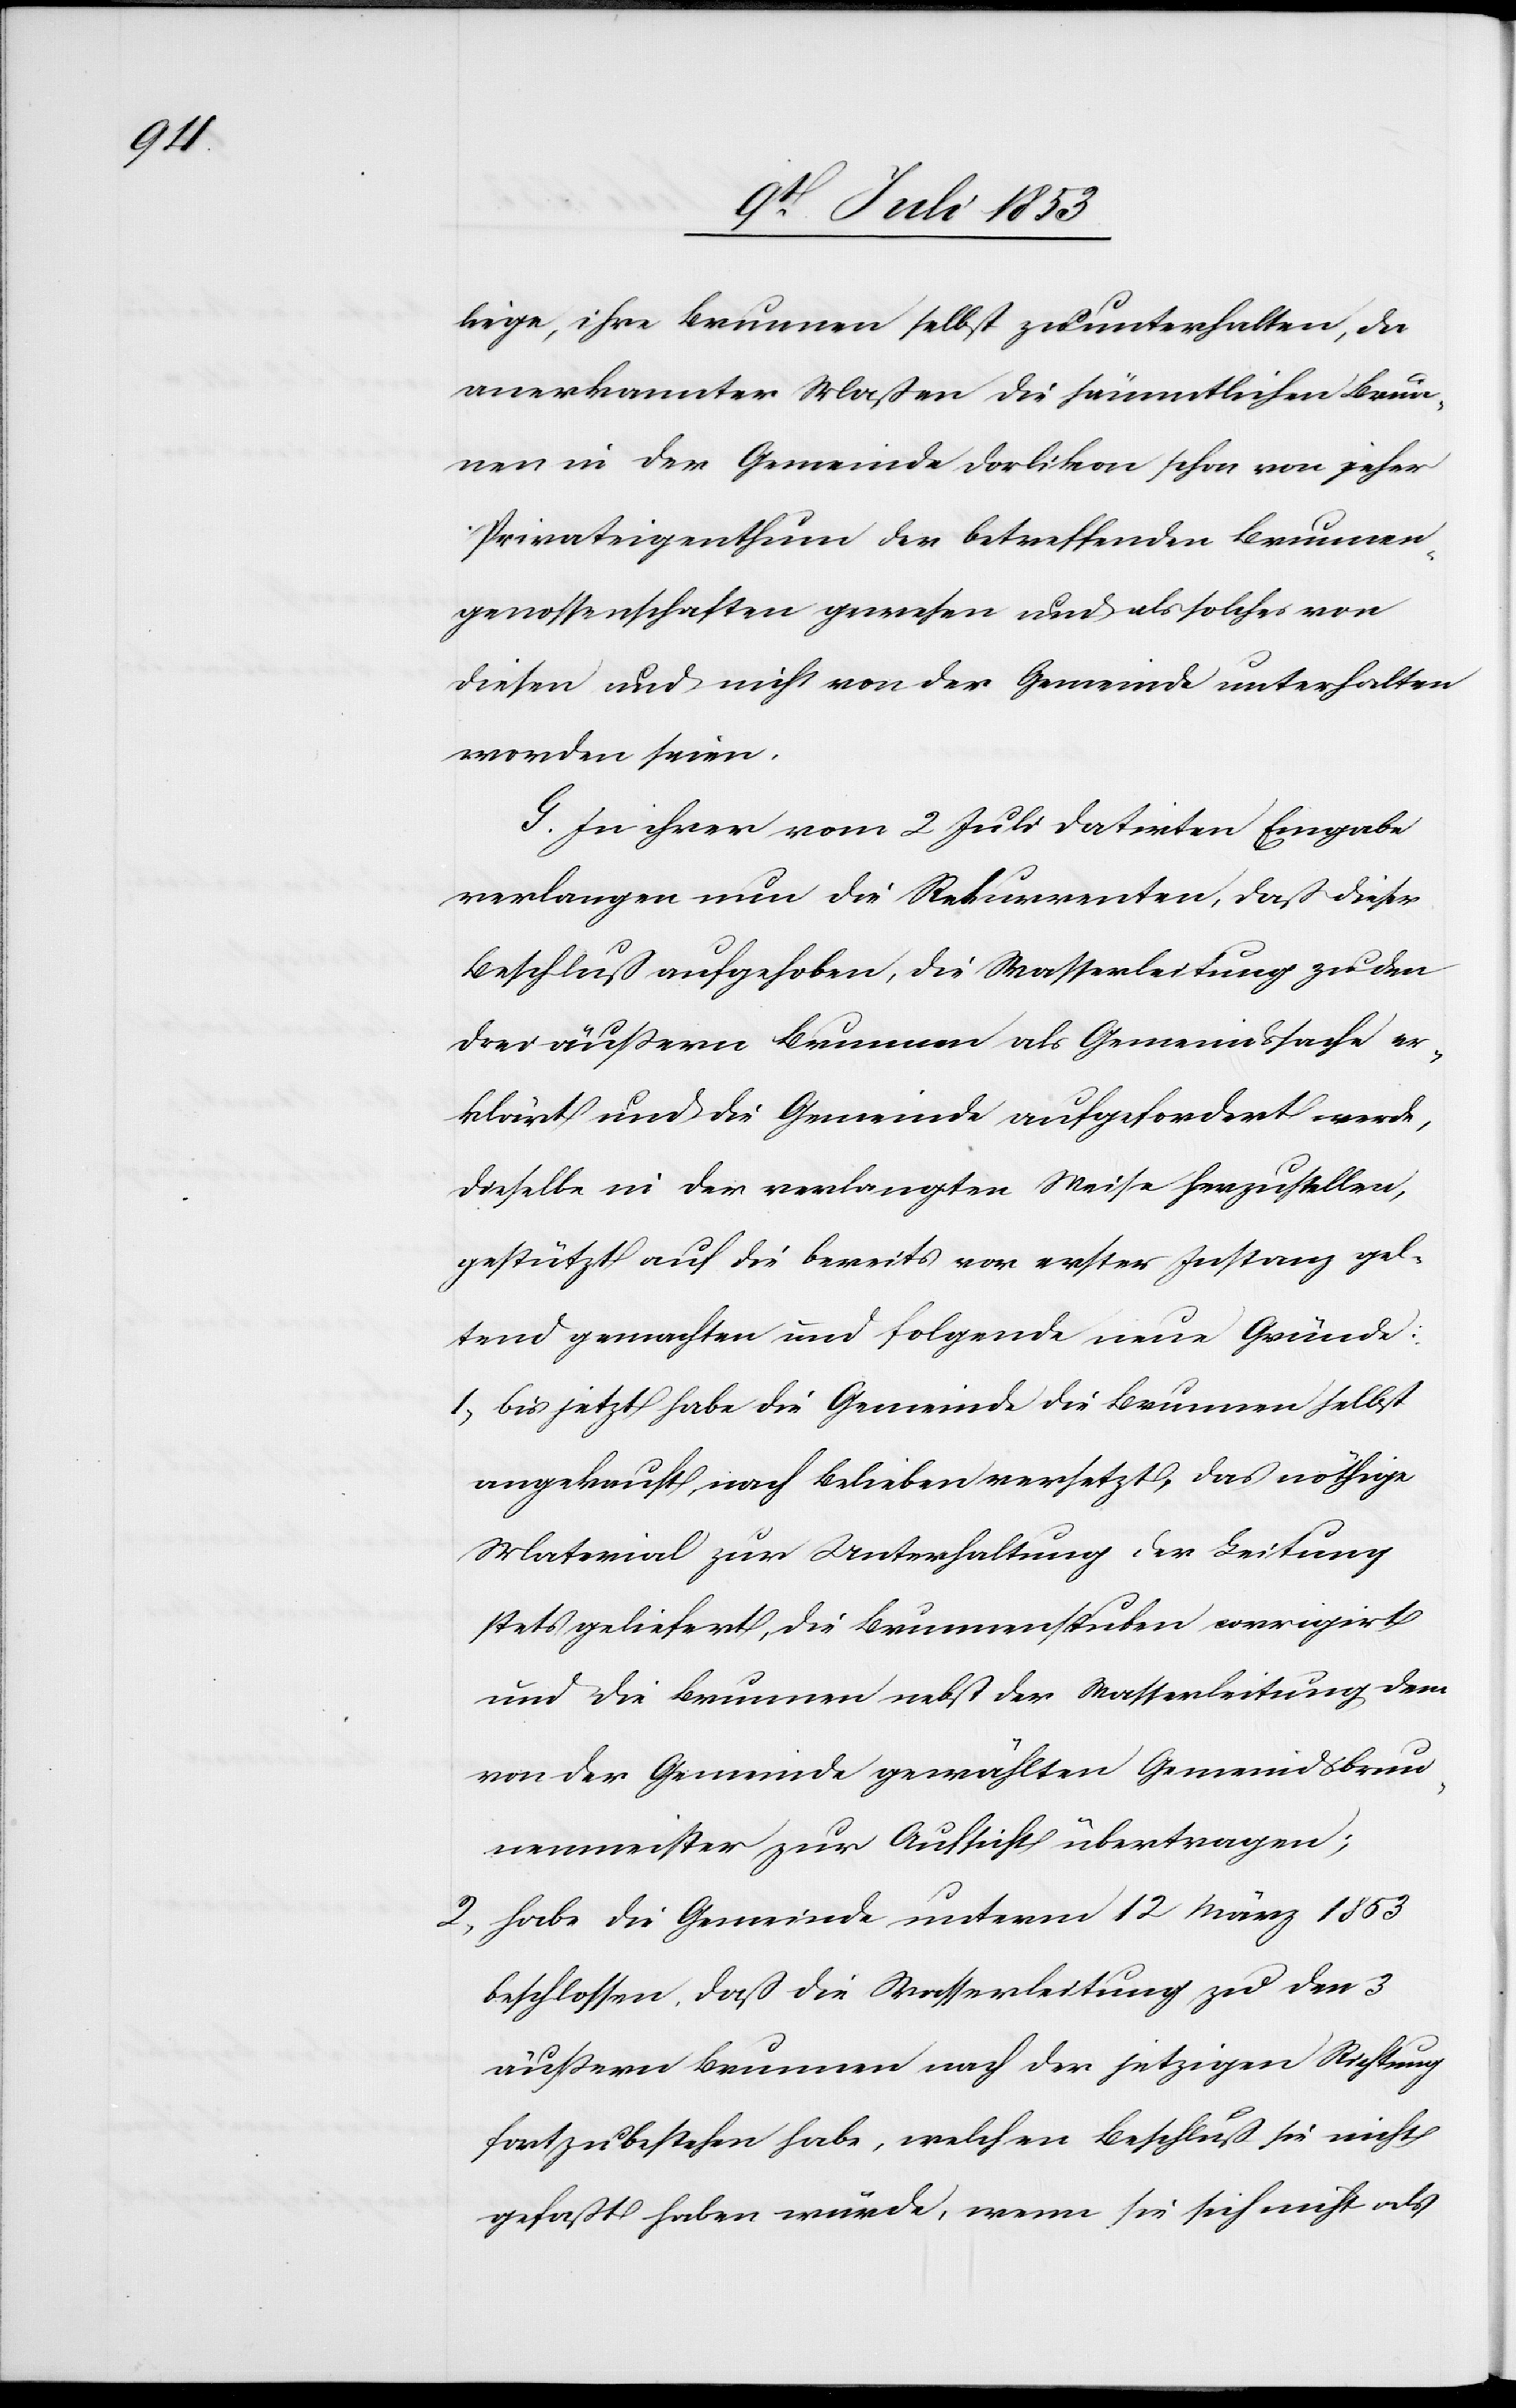
liege, ihre Brunnen selbst zu unterhalten, da
anerkannter Maßen die sämmtlichen Brun¬
nen in der Gemeinde Dorlikon schon von jeher
Privateigenthum der betreffenden Brunnen¬
genossenschaften gewesen und als solches von
diesen und nicht von der Gemeinde unterhalten
worden seien.
G. In ihrer vom 2 Juli datirten Eingabe
verlangen nun die Rekurrenten, daß dieser
Beschluß aufgehoben, die Wasserleitung zu den
drei äußern Brunnen als Gemeindssache er¬
klärt und die Gemeinde aufgefordert werde,
dieselbe in der verlangten Weise herzustellen,
gestützt auf die bereits von erster Instanz gel¬
tend gemachten und folgende neue Gründe:
1, bis jetzt habe die Gemeinde die Brunnen selbst
angekauft, nach Belieben versetzt, das nöthige
Material zur Unterhaltung der Leitung
stets geliefert, die Brunnenstuben corrigirt
und die Brunnen nebst der Wasserleitung dem
von der Gemeinde gewählten Gemeindsbrun¬
nenmeister zur Aufsicht übertragen;
2, habe die Gemeinde unterm 12 März 1853
beschlossen, daß die Straßenleitung zu den 3
äußern Brunnen nach der jetzigen Richtung